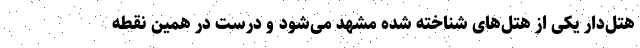
هتل‌دار یکی از هتل‌های شناخته شده مشهد می‌شود و درست در همین نقطه